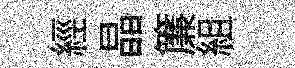
經晶簾組